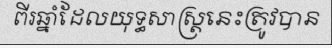
ពីរឆ្នាំដែលយុទ្ធសាស្ត្រនេះត្រូវបាន